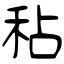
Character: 秥